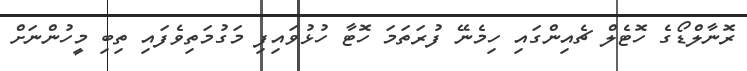
ރޮނާލްޑޯގެ ހޮޓެލް ޗެއިންގައި ހިމެނޭ ފުރަތަމަ ހޮޓާ ހުޅުވައިފި މަގުމަތިވެފައި ތިބި މީހުންނަށް